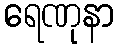
ရေဏုနာ